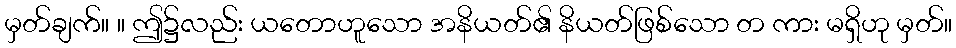
မှတ်ချက်။ ။ ဤ၌လည်း ယတောဟူသော အနိယတ်၏ နိယတ်ဖြစ်သော တ ကား မရှိဟု မှတ်။